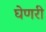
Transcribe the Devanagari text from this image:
घेणरी